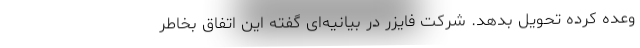
وعده کرده تحویل بدهد. شرکت فایزر در بیانیه‌ای گفته این اتفاق بخاطر